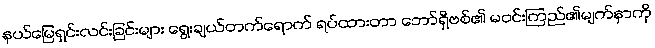
နယ်မြေရှင်းလင်းခြင်းများ ရွေးချယ်တက်ရောက် ရပ်ထားတာ ဘော်ရှီဗစ်၏ မဝင်းကြည်၏မျက်နှာကို